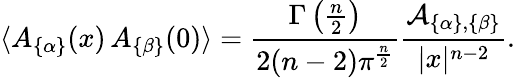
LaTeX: \langle A_{\{ \alpha\} }(x)\, A_{\{ \beta\} }(0)\rangle={\frac{\Gamma\left({\frac{n}{2}}\right)}{2(n-2)\pi^{\frac{n}{2}}}}{\frac{{\cal A}_{\{ \alpha\} ,\{ \beta\} }}{|x|^{n-2}}}.